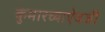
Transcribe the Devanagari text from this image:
कुमारच्याऐवजी